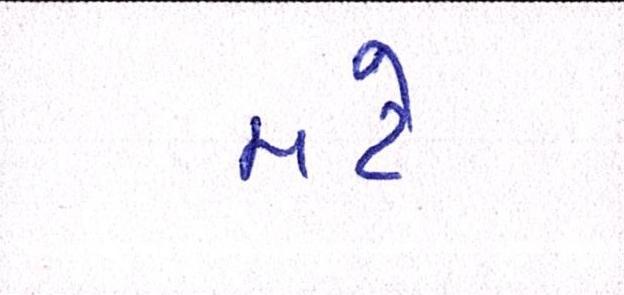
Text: મટે